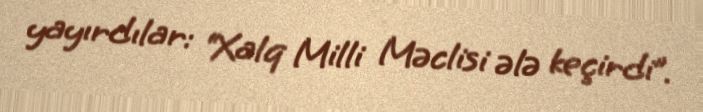
yayırdılar: “Xalq Milli Məclisi ələ keçirdi”.